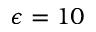
\epsilon = 1 0